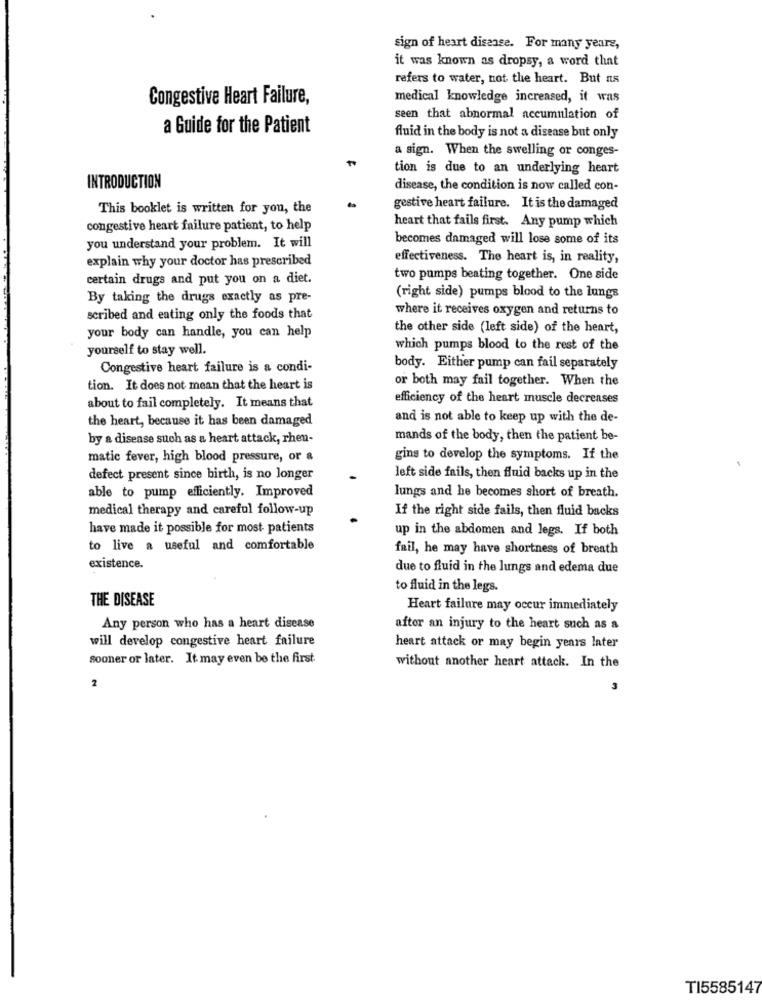
sign of heart disease. For many years,
it was known as dropsy, a word that
refers to water, not the heart. But ns
Congestive Heart Failure,
medical knowledge increased, it was
seen that abnormal accumulation of
a Guide for the Patient
fluid in the body is not a disease but only
a sign. When the swelling or conges-
tion is due to an underlying heart
INTRODUCTION
disease, the condition is now called con-
This booklet is written for you, the
gestive heart failure. It is the damaged
congestive heart failure patient, to help
heart that fails first. Any pump which
becomes damaged will lose some of its
you understand your problem. It will
explain why your doctor has prescribed
effectiveness. The heart is, in reality,
certain drugs and put you on a diet.
two pumps beating together. One side
By taking the drugs exactly as pre-
(right side) pumps blood to the lungs
where it receives oxygen and returns to
scribed and eating only the foods that
the other side (left side) of the heart,
your body can handle, you can help
yourself to stay well.
which pumps blood to the rest of the
Congestive heart failure is a condi-
body. Either pump can fail separately
or both may fail together. When the
tion. It does not mean that the heart is
efficiency of the heart muscle decreases
about to fail completely. It means that
the heart, because it has been damaged
and is not able to keep up with the de-
by a disease such as a heart attack, rhen-
mands of the body, then the patient be-
matic fever, high blood pressure, or &
gins to develop the symptoms. If the
defect present since birth, is no longer
left side fails, then fluid backs up in the
able to pump efficiently. Improved
lungs and he becomes short of breath.
medical therapy and careful follow-up
If the right side fails, then fluid backs
have made it possible for most patients
up in the abdomen and legs. If both
to live a useful and comfortable
fail, he may have shortness of breath
existence.
due to fluid in the lungs and edema due
to fluid in the legs.
THE DISEASE
Heart failure may occur immediately
Any person who has a heart disease
after an injury to the heart such as a
will develop congestive heart failure
heart attack or may begin years later
sooner or later. It may even be the first.
without another heart attack. In the
2
3
TI5585147